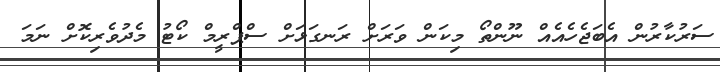
ސަރުކާރުން އެބަޖެހެއެއް ނޫންތޯ މިކަން ވަރަށް ރަނގަޅަށް ސްޕްރީމް ކޯޓު މެދުވެރިކޮށް ނަމަ